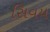
સિવય